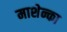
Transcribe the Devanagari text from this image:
माशेन्का